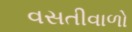
વસતીવાળો